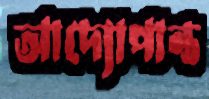
আদ্যোপান্ত